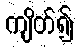
ကျိတ်၍